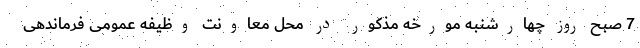
7 صبح روز چهارشنبه مورخه مذکور در محل معاونت وظیفه عمومی فرماندهی